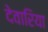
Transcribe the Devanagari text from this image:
देवारिया